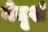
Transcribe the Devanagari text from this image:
नेदृशं